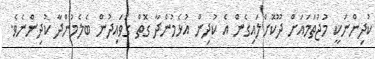
ކުދިންނަކީ މުޖުތަމައަށް ދޫކޮށްލައިގެން އެ ކުދިން އުޅެމުންދާ ގޮތް ގަވައިދުން ބެލެމުންދާ ކުދިންނެވެ.